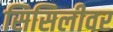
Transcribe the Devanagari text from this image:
सिसिलीवर